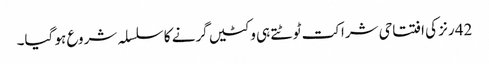
42 رنز کی افتتاحی شراکت ٹوٹتے ہی وکٹیں گرنے کا سلسلہ شروع ہو گیا۔